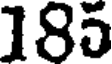
185